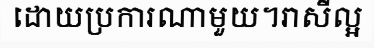
ដោយប្រការណាមួយ។រាសីល្អ